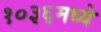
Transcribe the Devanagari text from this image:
१०३६मध्ये